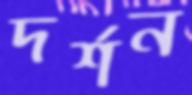
দর্শন